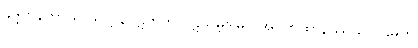
ခုဒ္ဒကနိကာယ် သုတ္တန်ပိဋကတ် ပဋိသမ္ဘိဒါမဂ် အဋ္ဌကထာနိဿယ ပဌမတွဲ